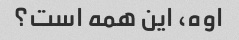
اوه، این همه است؟